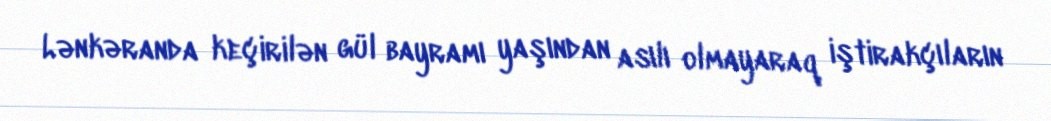
Lənkəranda keçirilən gül bayramı yaşından asılı olmayaraq iştirakçıların